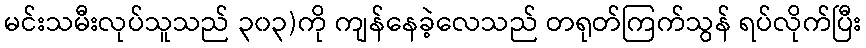
မင်းသမီးလုပ်သူသည် ၃၀၃)ကို ကျန်နေခဲ့လေသည် တရုတ်ကြက်သွန် ရပ်လိုက်ပြီး